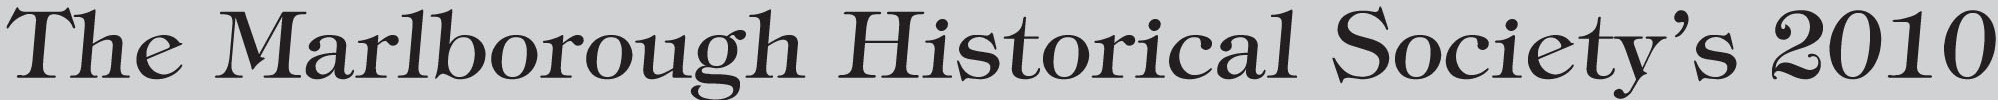
The Marlborough Historical Society's 2010